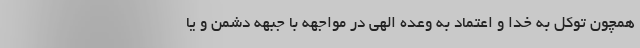
همچون توکل به خدا و اعتماد به وعده الهی در مواجهه با جبهه دشمن و یا